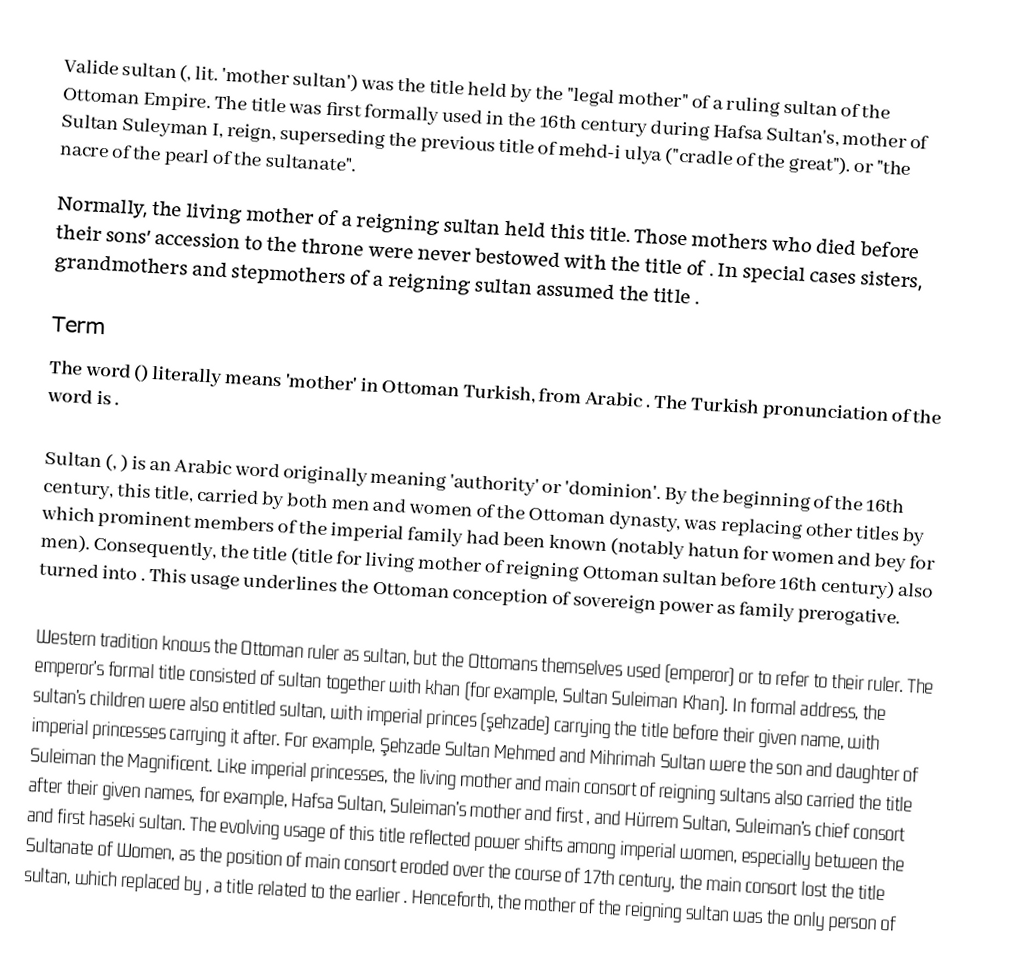
Valide sultan (, lit. 'mother sultan') was the title held by the "legal mother" of a ruling sultan of the Ottoman Empire. The title was first formally used in the 16th century during Hafsa Sultan's, mother of Sultan Suleyman I, reign, superseding the previous title of mehd-i ulya ("cradle of the great"). or "the nacre of the pearl of the sultanate".
Normally, the living mother of a reigning sultan held this title. Those mothers who died before their sons' accession to the throne were never bestowed with the title of . In special cases sisters, grandmothers and stepmothers of a reigning sultan assumed the title .

Term
The word  () literally means 'mother' in Ottoman Turkish, from Arabic . The Turkish pronunciation of the word  is .

Sultan (, ) is an Arabic word originally meaning 'authority' or 'dominion'. By the beginning of the 16th century, this title, carried by both men and women of the Ottoman dynasty, was replacing other titles by which prominent members of the imperial family had been known (notably hatun for women and bey for men). Consequently, the title  (title for living mother of reigning Ottoman sultan before 16th century) also turned into . This usage underlines the Ottoman conception of sovereign power as family prerogative.

Western tradition knows the Ottoman ruler as sultan, but the Ottomans themselves used  (emperor) or  to refer to their ruler. The emperor's formal title consisted of sultan together with khan (for example, Sultan Suleiman Khan). In formal address, the sultan's children were also entitled sultan, with imperial princes (şehzade) carrying the title before their given name, with imperial princesses carrying it after. For example, Şehzade Sultan Mehmed and Mihrimah Sultan were the son and daughter of Suleiman the Magnificent. Like imperial princesses, the living mother and main consort of reigning sultans also carried the title after their given names, for example, Hafsa Sultan, Suleiman's mother and first , and Hürrem Sultan, Suleiman's chief consort and first haseki sultan. The evolving usage of this title reflected power shifts among imperial women, especially between the Sultanate of Women, as the position of main consort eroded over the course of 17th century, the main consort lost the title sultan, which replaced by , a title related to the earlier . Henceforth, the mother of the reigning sultan was the only person of